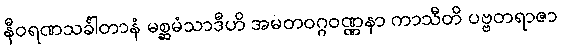
နီဝရဏသင်္ခါတာနံ မစ္ဆမံသာဒီဟိ အမတဝဂ္ဂဝဏ္ဏနာ ကာသီတိ ပဗ္ဗတရာဇာ